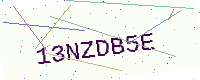
Text: 13NZDB5E